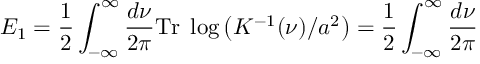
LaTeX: E _ { 1 } = \frac 1 2 \int _ { - \infty } ^ { \infty } \frac { d \nu } { 2 \pi } \mathrm { T r } \; \log \left( K ^ { - 1 } ( \nu ) / a ^ { 2 } \right) = \frac 1 2 \int _ { - \infty } ^ { \infty } \frac { d \nu } { 2 \pi }